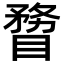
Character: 𥉠